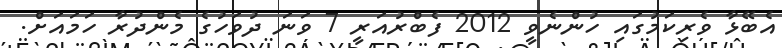
އެބޭޅާ ވެރިކަމުގައި ހުންނެވީ 2012 ފެބްރުއަރީ 7 ވަނަ ދުވަހުގެ މެންދުރާ ހަމައަށް.